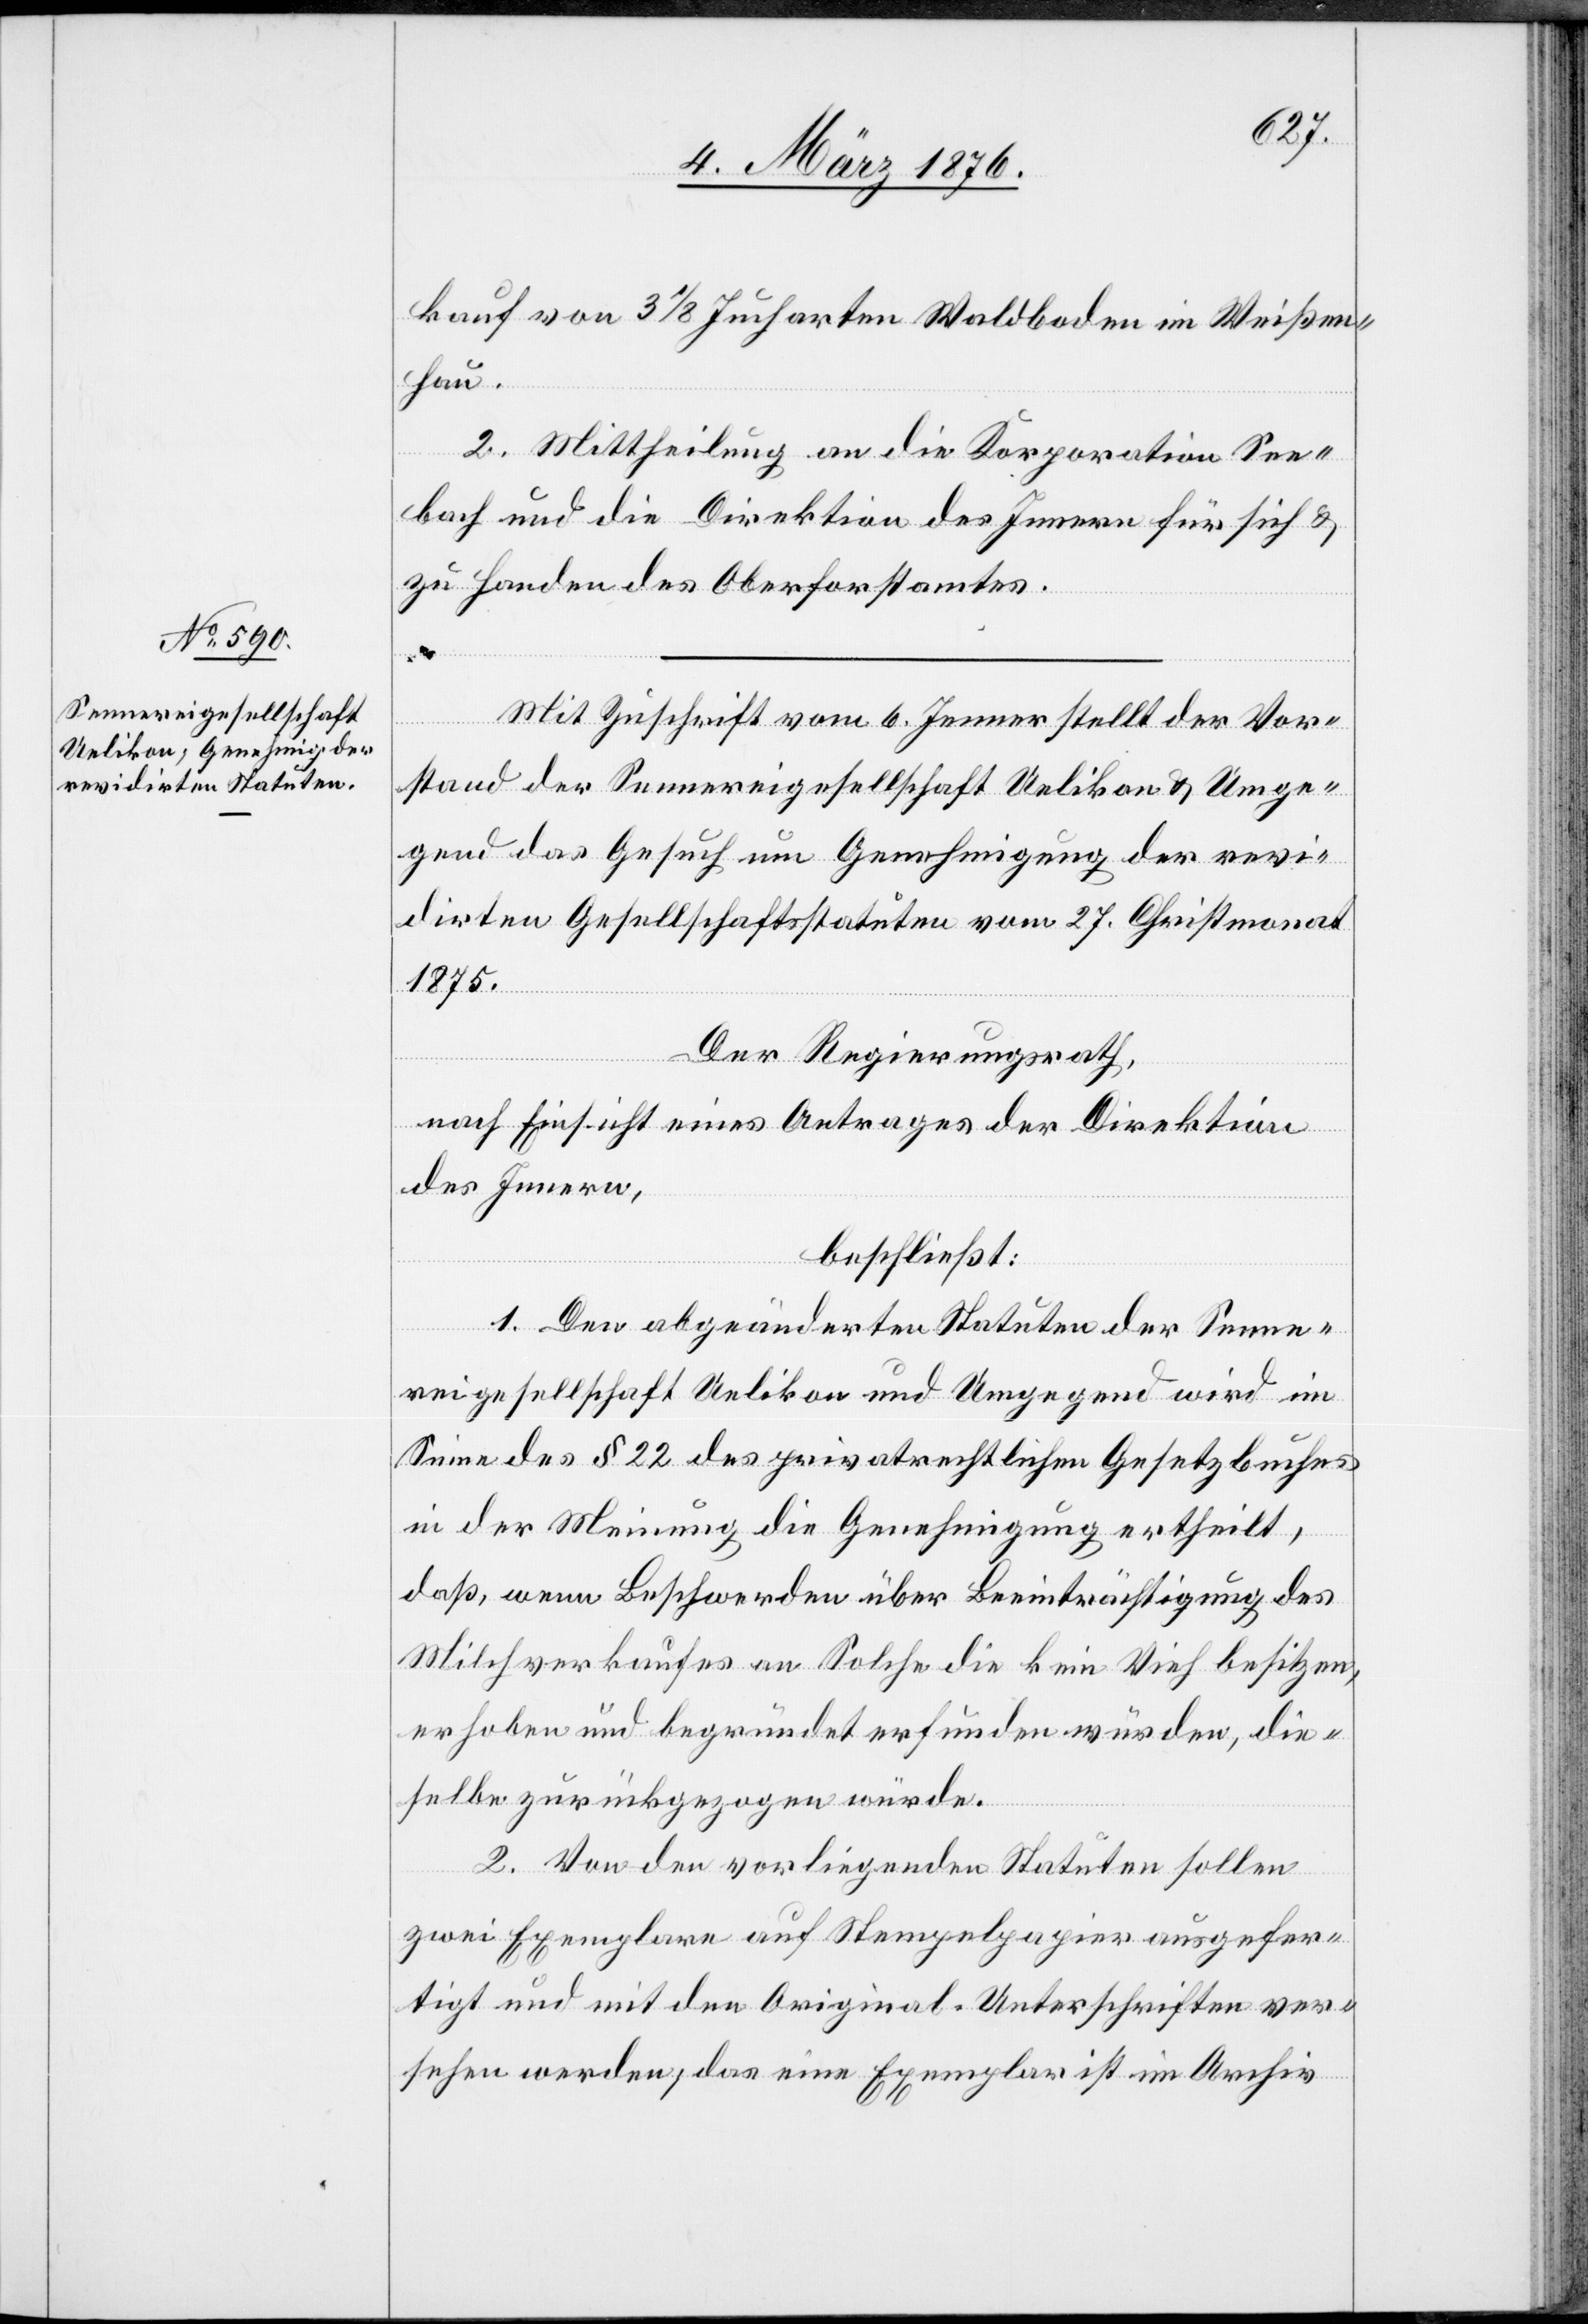
kauf von 3 1/8 Jucharten Waldboden im Weißen¬
hau.
2. Mittheilung an die Korporation See¬
bach und die Direktion des Innern für sich &
zu Handen des Oberforstamtes.
Mit Zuschrift vom 6. Jenner stellt der Vor¬
stand der Sennereigesellschaft Uelikon & Umge¬
gend das Gesuch um Genehmigung der revi¬
dirten Gesellschaftsstatuten vom 27. Christmonat
1875.
Der Regierungsrath,
nach Einsicht eines Antrages der Direktion
des Innern,
beschließt:
1. Den abgeänderten Statuten der Senne¬
reigesellschaft Uelikon und Umgegend wird im
Sinne des § 22 des privatrechtlichen Gesetzbuches
in der Meinung die Genehmigung ertheilt,
daß, wenn Beschwerden über Beeinträchtigung des
Milchverkaufes an Solche die kein Vieh besitzen,
erhoben und begründet erfunden würden, die¬
selbe zurückgezogen würde.
2. Von den vorliegenden Statuten sollen
zwei Exemplare auf Stempelpapier ausgefer¬
tigt und mit den Original-Unterschriften ver¬
sehen werden, das eine Exemplar ist im Archiv